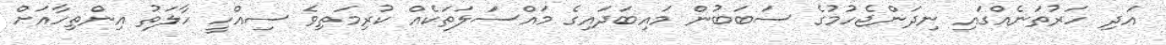
އަދި ހަރުތަނެއްގައި ނިދަންޖެހުމުގެ ސަބަބުން މައިބަދައިގެ މައްސަލަތަކެއް ކުރިމަތިވެ ސިއްހީ ހާލަތު އިންތިހާއަށް